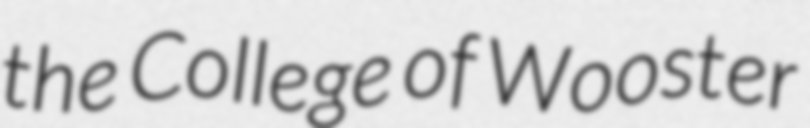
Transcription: the College of Wooster